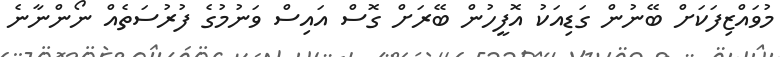
މުވައްޒިފަކަށް ބޭނުން ގަޑިއަކު އޮފީހުން ބޭރަށް ގޮސް އައިސް ވަނުމުގެ ފުރުސަތެއް ނޯންނާނެ